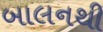
બાલનથી